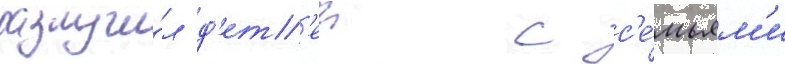
разлучи́л д'ет'еи с с'е́мьям'и